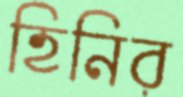
হিনির